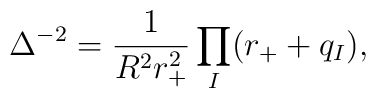
\Delta^{-2} = \frac{1}{R^2r_+^2}\prod_I (r_+ + q_I),